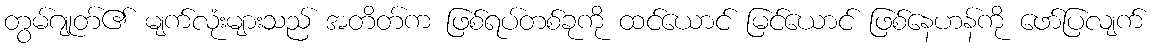
တွမ်ဂျုတ်၏ မျက်လုံးများသည် အတိတ်က ဖြစ်ရပ်တစ်ခုကို ထင်ယောင် မြင်ယောင် ဖြစ်နေဟန်ကို ဖော်ပြလျက်